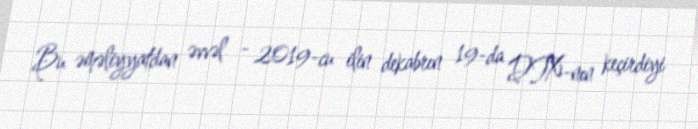
Bu əməliyyatdan əvvəl - 2019-cu ilin dekabrın 19-da DTX-nın keçirdiyi